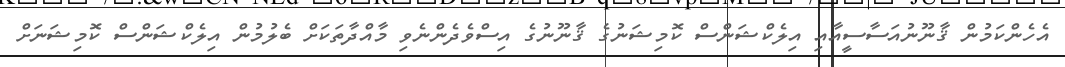
އެހެންކަމުން ޤާނޫނުއަސާސީއާއި އިލެކްޝަންސް ކޮމިޝަނުގެ ޤާނޫނުގެ އިސްވެދެންނެވި މާއްދާތަކަށް ބެލުމުން އިލެކްޝަންސް ކޮމިޝަނަށް